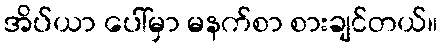
အိပ်ယာ ပေါ်မှာ မနက်စာ စားချင်တယ်။